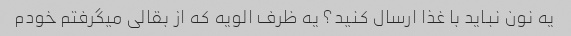
یه نون نباید با غذا ارسال کنید؟ یه ظرف الویه که از بقالی میگرفتم خودم